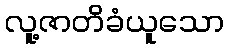
လူ့ဇာတိခံယူသော